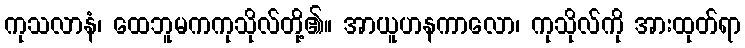
ကုသလာနံ၊ ထေဘူမကကုသိုလ်တို့၏။ အာယူဟနကာလော၊ ကုသိုလ်ကို အားထုတ်ရာ